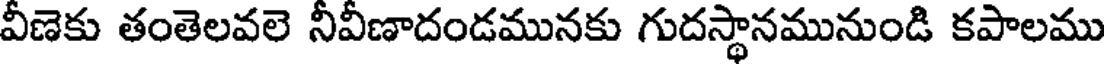
వీణెకు తంతెలవలె నీవీణాదండమునకు గుదస్థానమునుండి కపాలము